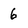
Character: 6